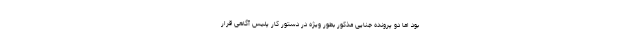
بود اما دو پرونده جنایی مذکور بطور ویژه در دستور کار پلیس آگاهی قرار